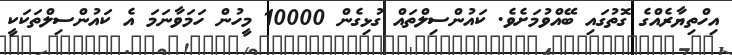
އިހްތިޔާރެއްގެ ގޮތުގައި ބޭއްވުމަށެވެ. ކައުންސިލްތައް ގުޅިގެން 10000 މީހުން ހަމަވާނަމަ އެ ކައުންސިލްތަކަކީ